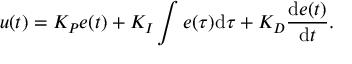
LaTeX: u ( t ) = K _ { P } e ( t ) + K _ { I } \int e ( \tau ) { \mathrm { d } } \tau + K _ { D } { \frac { { \mathrm { d } } e ( t ) } { { \mathrm { d } } t } } .